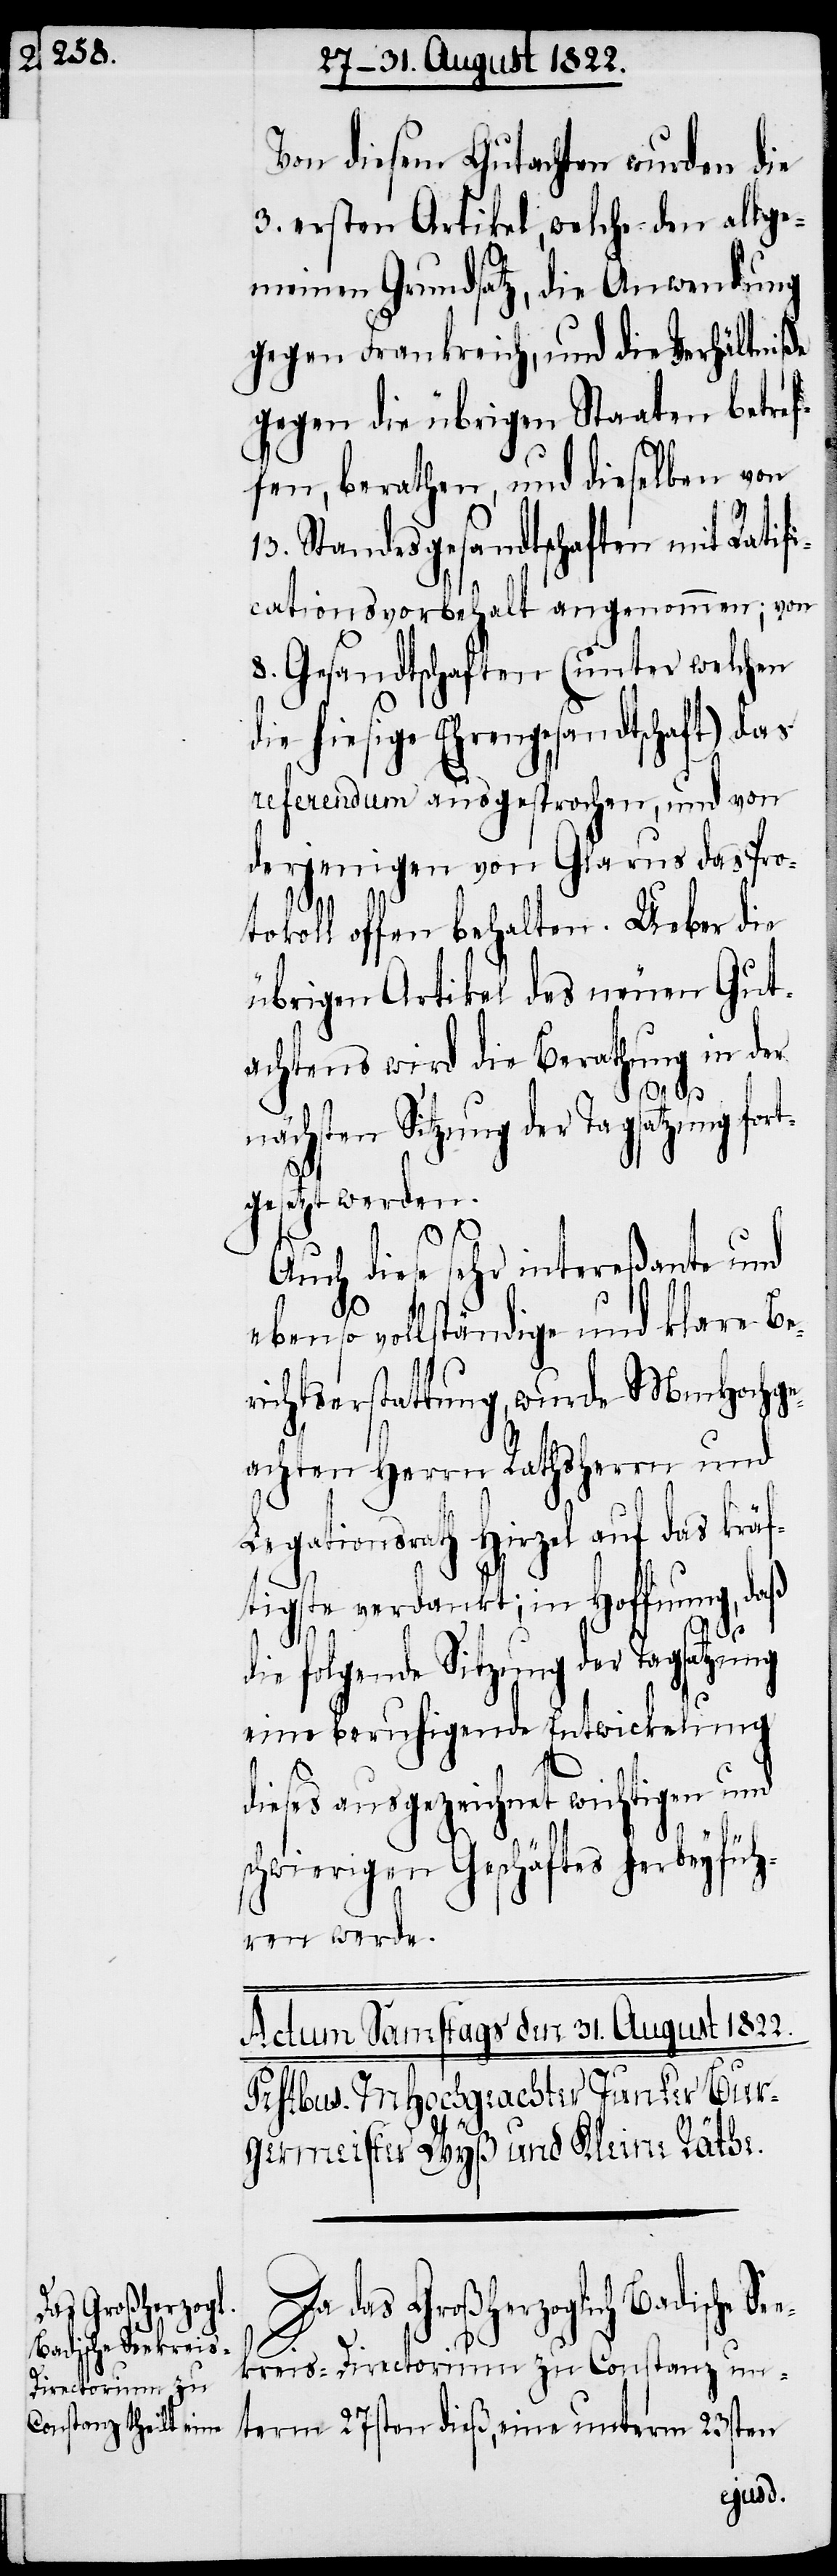
Badische See¬

Von diesem Gutachten wurden die
3. ersten Artikel, welche den allge¬
meinen Grundsatz, die Anwendung
gegen Frankreich, und die Verhältniße
gegen die übrigen Staaten betref¬
fen, berathen, und dieselben von
13. Standesgesandtschaften mit Ratifi¬
cationsvorbehalt angenommen; von
8. Gesandtschaften (unter welchen
die hiesige Ehrengesandtschaft) das
referendum ausgesprochen, und von
derjenigen von Glarus das Pro¬
tokoll offen behalten. Ueber die
übrigen Artikel des neuen Gut¬
achtens wird die Berathung in der
nächsten Sitzung der Tagsatzung for¬
gesetzt werden.
Auch diese sehr intereßante und
ebenso vollständige und klare Be¬
richtserstattung, wurde MmHochge¬
achten Herrn Rathsherrn und
Legationsrath Hirzel auf das kräf¬
tigste verdankt; in Hoffnung, daß
s¬
die folgende Sitzung der Tagsatzung
eine beruhigende Entwicklung
dieses ausgezeichnet wichtigen und
chwierigen Geschäftes herbeyfüh¬
ren werde.
Da das Großherzoglich
kreis-Directorium zu Constanz un¬
term 27sten dieß, eine unterm 23sten